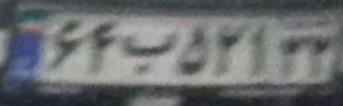
۶۴ب۵۲۱۳۳